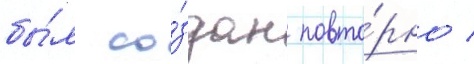
бы́л со́здан повто́рно /